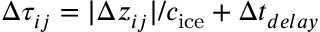
\Delta \tau _ { i j } = | \Delta z _ { i j } | / c _ { \mathrm { i c e } } + \Delta t _ { d e l a y }